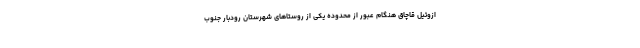
ازوئیل قاچاق هنگام عبور از محدوده یکی از روستاهای شهرستان رودبار جنوب